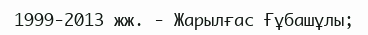
1999-2013 жж. - Жарылғас Ғұбашұлы;